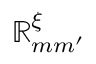
\mathbb R _ { m m ^ { \prime } } ^ { \xi }